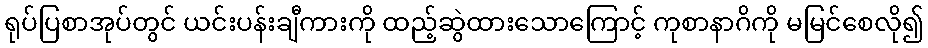
ရုပ်ပြစာအုပ်တွင် ယင်းပန်းချီကားကို ထည့်ဆွဲထားသောကြောင့် ကုစာနာဂိကို မမြင်စေလို၍